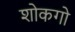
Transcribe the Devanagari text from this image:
शोकगो